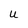
Character: u